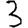
Digit: 3